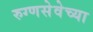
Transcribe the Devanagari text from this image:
रुग्णसेवेच्या